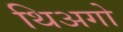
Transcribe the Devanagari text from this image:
थिअगो